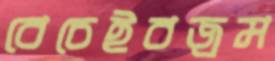
বেচেইবজ্রম